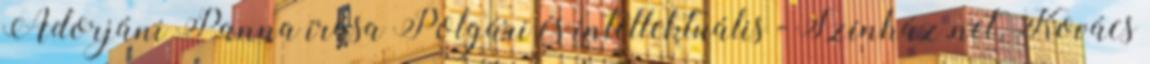
Adorjáni Panna írása Polgári és intellektuális - Színház.net, Kovács